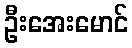
ဦးအေးမောင်